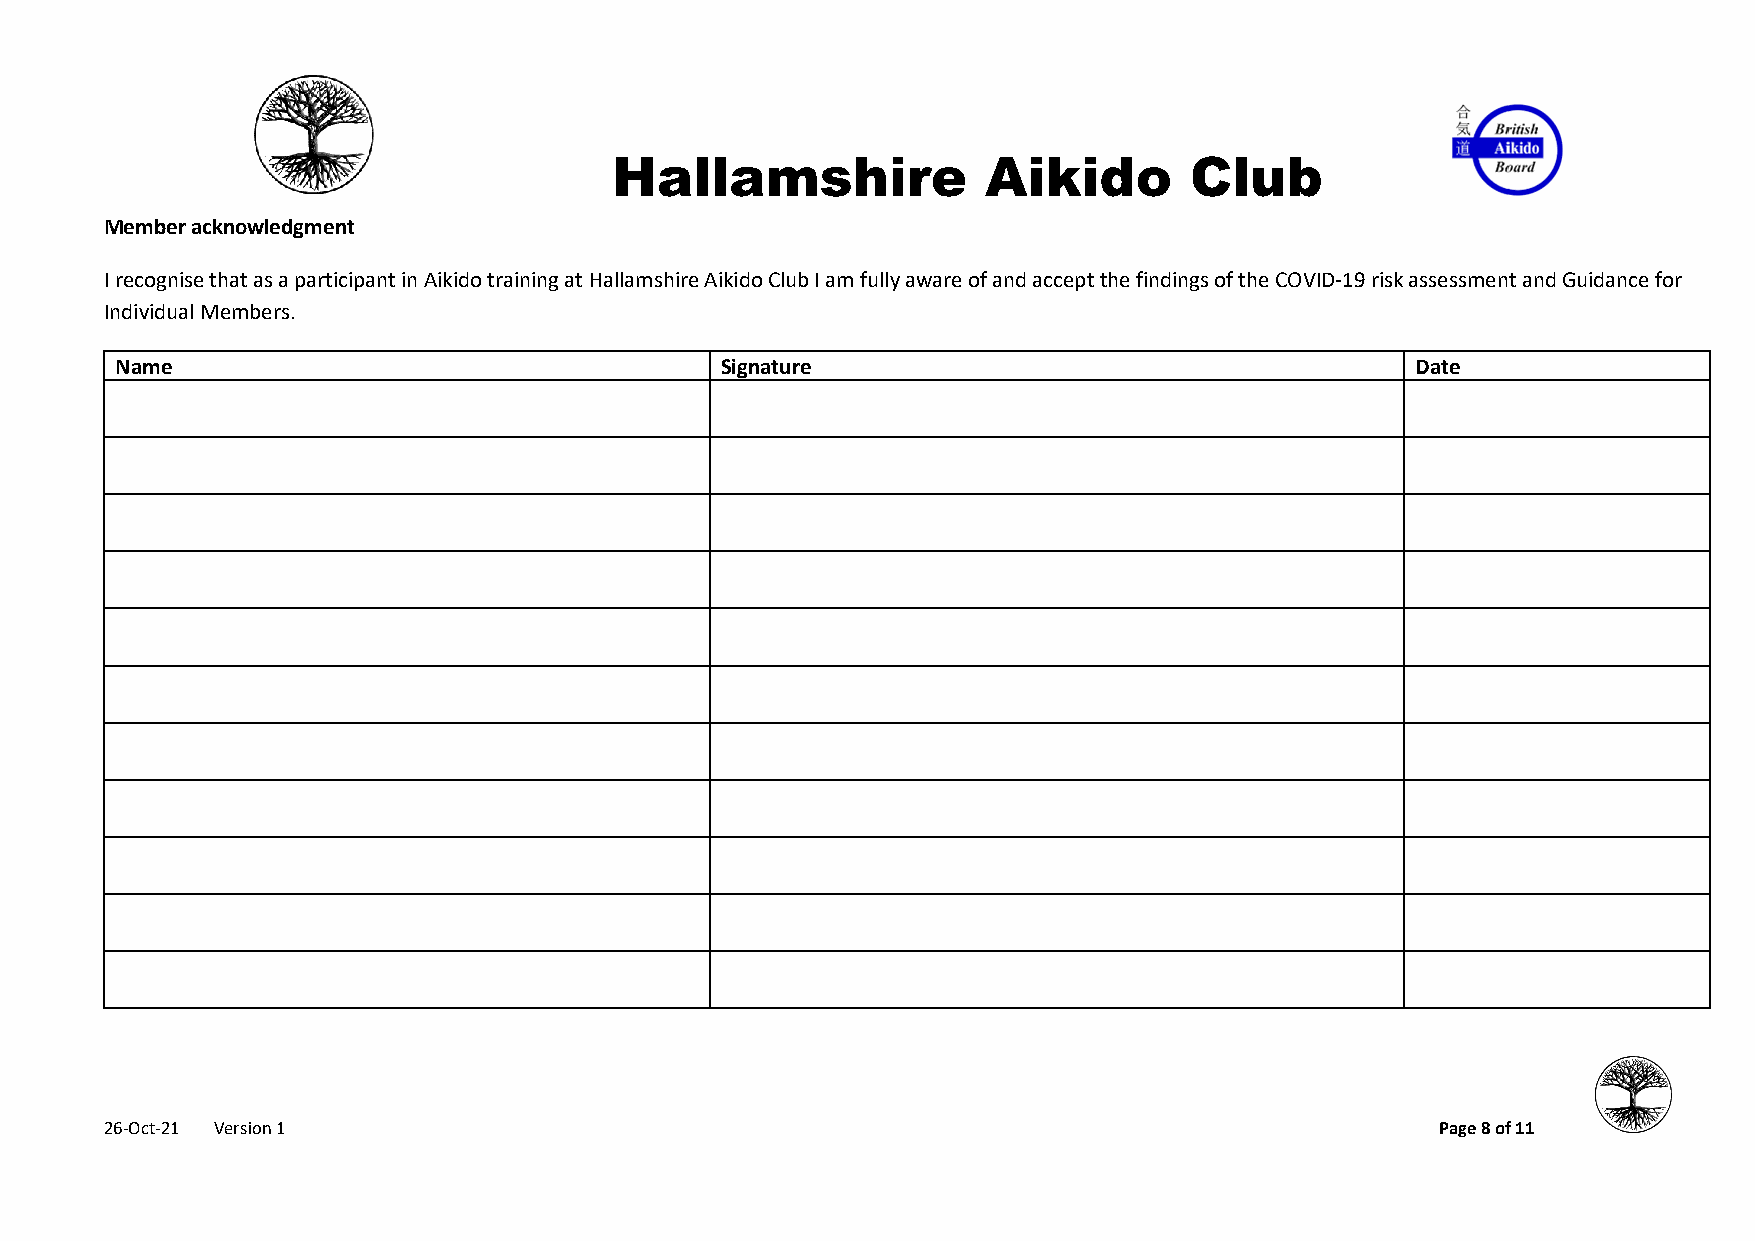
Hallamshire              Aikido        Club
 Member acknowledgment
 I recognise that as a participant in Aikido training at Hallamshire Aikido Club I am fully aware of and accept the findings of the COVID-19 risk assessment and Guidance for
 Individual Members.
 Name                                    Signature                                     Date
 26-Oct-21 Version 1                                                                     Page 8 of 11